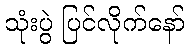
သုံးပွဲ ပြင်လိုက်နော်